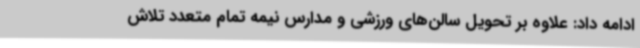
ادامه داد: علاوه بر تحویل سالن‌های ورزشی و مدارس نیمه تمام متعدد تلاش